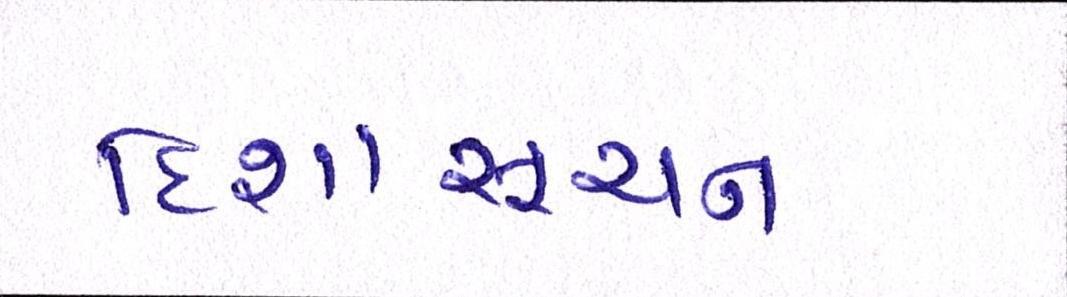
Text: દિશાસૂચન